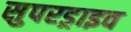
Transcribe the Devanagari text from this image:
सुपरड्राइव